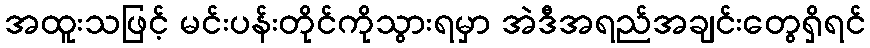
အထူးသဖြင့် မင်းပန်းတိုင်ကိုသွားရမှာ အဲဒီအရည်အချင်းတွေရှိရင်